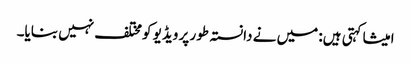
امیشا کہتی ہیں: میں نے دانستہ طور پر ویڈیو کومختلف نہیں بنایا۔